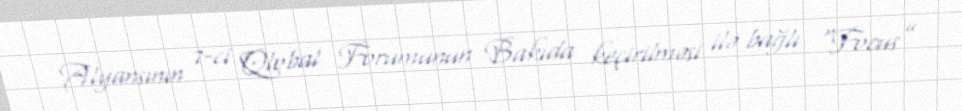
Alyansının 7-ci Qlobal Forumunun Bakıda keçirilməsi ilə bağlı “Focus”